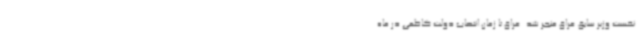
نخست وزیر سابق عراق منجر شد. عراق تا زمان انتصاب دولت کاظمی در ماه